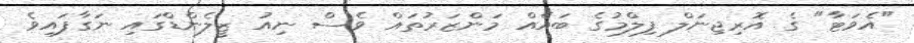
"އެވަޓާ" ގެ އޮރިޖިނަލް ފިލްމުގެ ބައެއް މަންޒަރުތައް ވެސް ނިއު ޒީލެންޑްގައި ނަގާފައިވެ